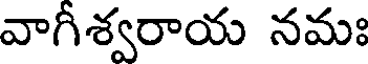
వాగీశ్వరాయ నమః